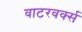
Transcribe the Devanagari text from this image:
वाटरवर्क्स